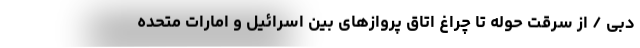
دبی / از سرقت حوله تا چراغ اتاق پروازهای بین اسرائیل و امارات متحده